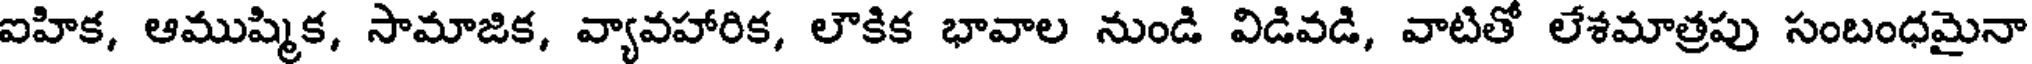
ఐహిక, ఆముష్మిక, సామాజిక, వ్యావహారిక, లౌకిక భావాల నుండి విడివడి, వాటితో లేశమాత్రపు సంబంధమైనా